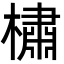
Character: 橚